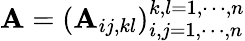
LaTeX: \mathbf{A}=(\mathbf{A}_{ij,kl})_{i,j=1,\cdots,n}^{k,l=1,\cdots,n}